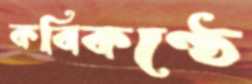
কবিকণ্ঠে